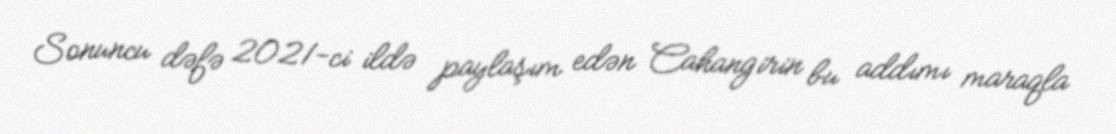
Sonuncu dəfə 2021-ci ildə paylaşım edən Cahangirin bu addımı maraqla